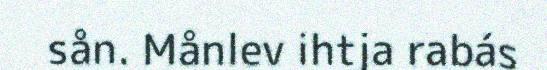
sån. Månlev ihtja rabás